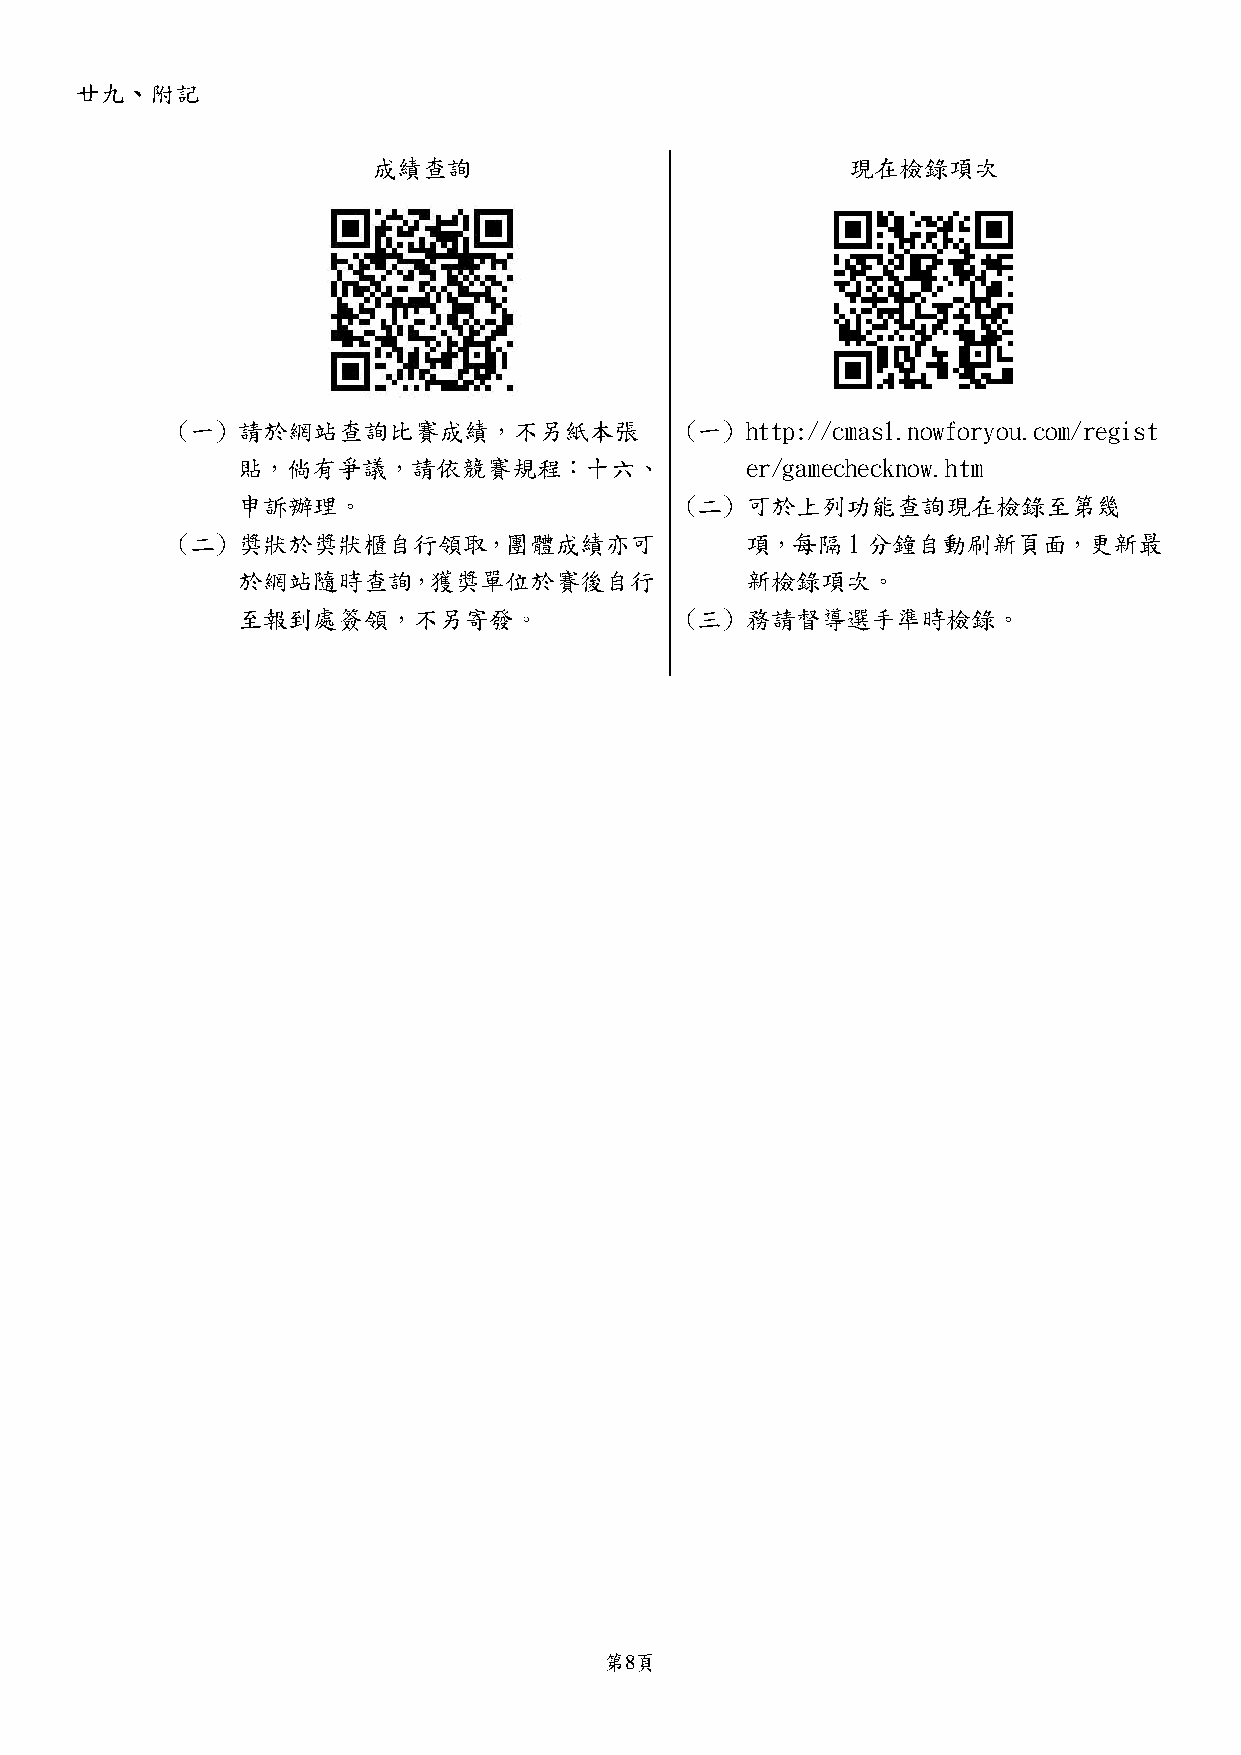
廿九、附記
 成績查詢                           現在檢錄項次
 (一) 請於網站查詢比賽成績，不另紙本張             (一) http://cmas1.nowforyou.com/regist
 貼，倘有爭議，請依競賽規程：十六、                er/gamechecknow.htm
 申訴辦理。                        (二) 可於上列功能查詢現在檢錄至第幾
 (二) 獎狀於獎狀櫃自行領取，團體成績亦可                項，每隔1分鐘自動刷新頁面，更新最
 於網站隨時查詢，獲獎單位於賽後自行                新檢錄項次。
 至報到處簽領，不另寄發。                 (三) 務請督導選手準時檢錄。
 第8頁